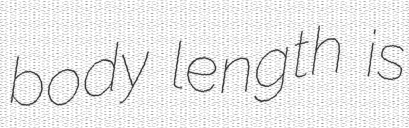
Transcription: body length is